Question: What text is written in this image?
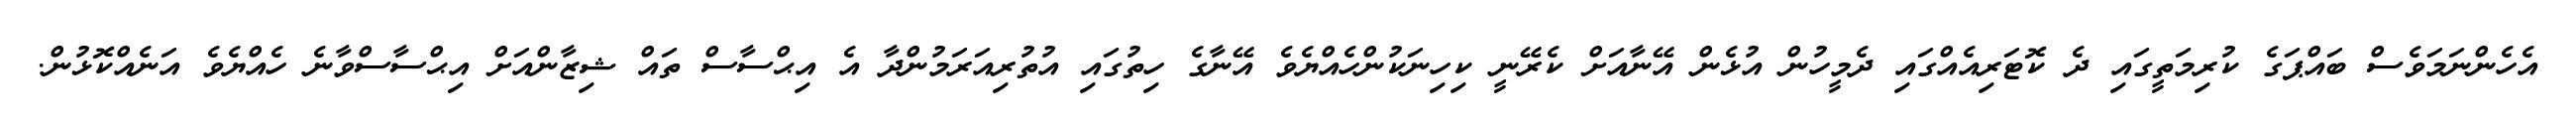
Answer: އެހެންނަމަވެސް ބައްޕަގެ ކުރިމަތީގައި ދެ ކޮޓަރިއެއްގައި ދެމީހުން އުޅެން އޭނާއަށް ކެރޭނީ ކިހިނަކުންހެއްޔެވެ އޭނާގެ ހިތުގައި އުތުރިއަރަމުންދާ އެ އިޙްސާސް ތައް ޝިޒާންއަށް އިޙްސާސްވާނެ ހެއްޔެވެ އަނެއްކޮޅުން.